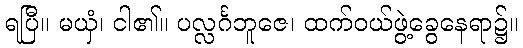
ရပြီ။ မယှံ၊ ငါ၏။ ပလ္လင်္ဂဘူဇေ၊ ထက်ဝယ်ဖွဲ့ခွေနေရာ၌။